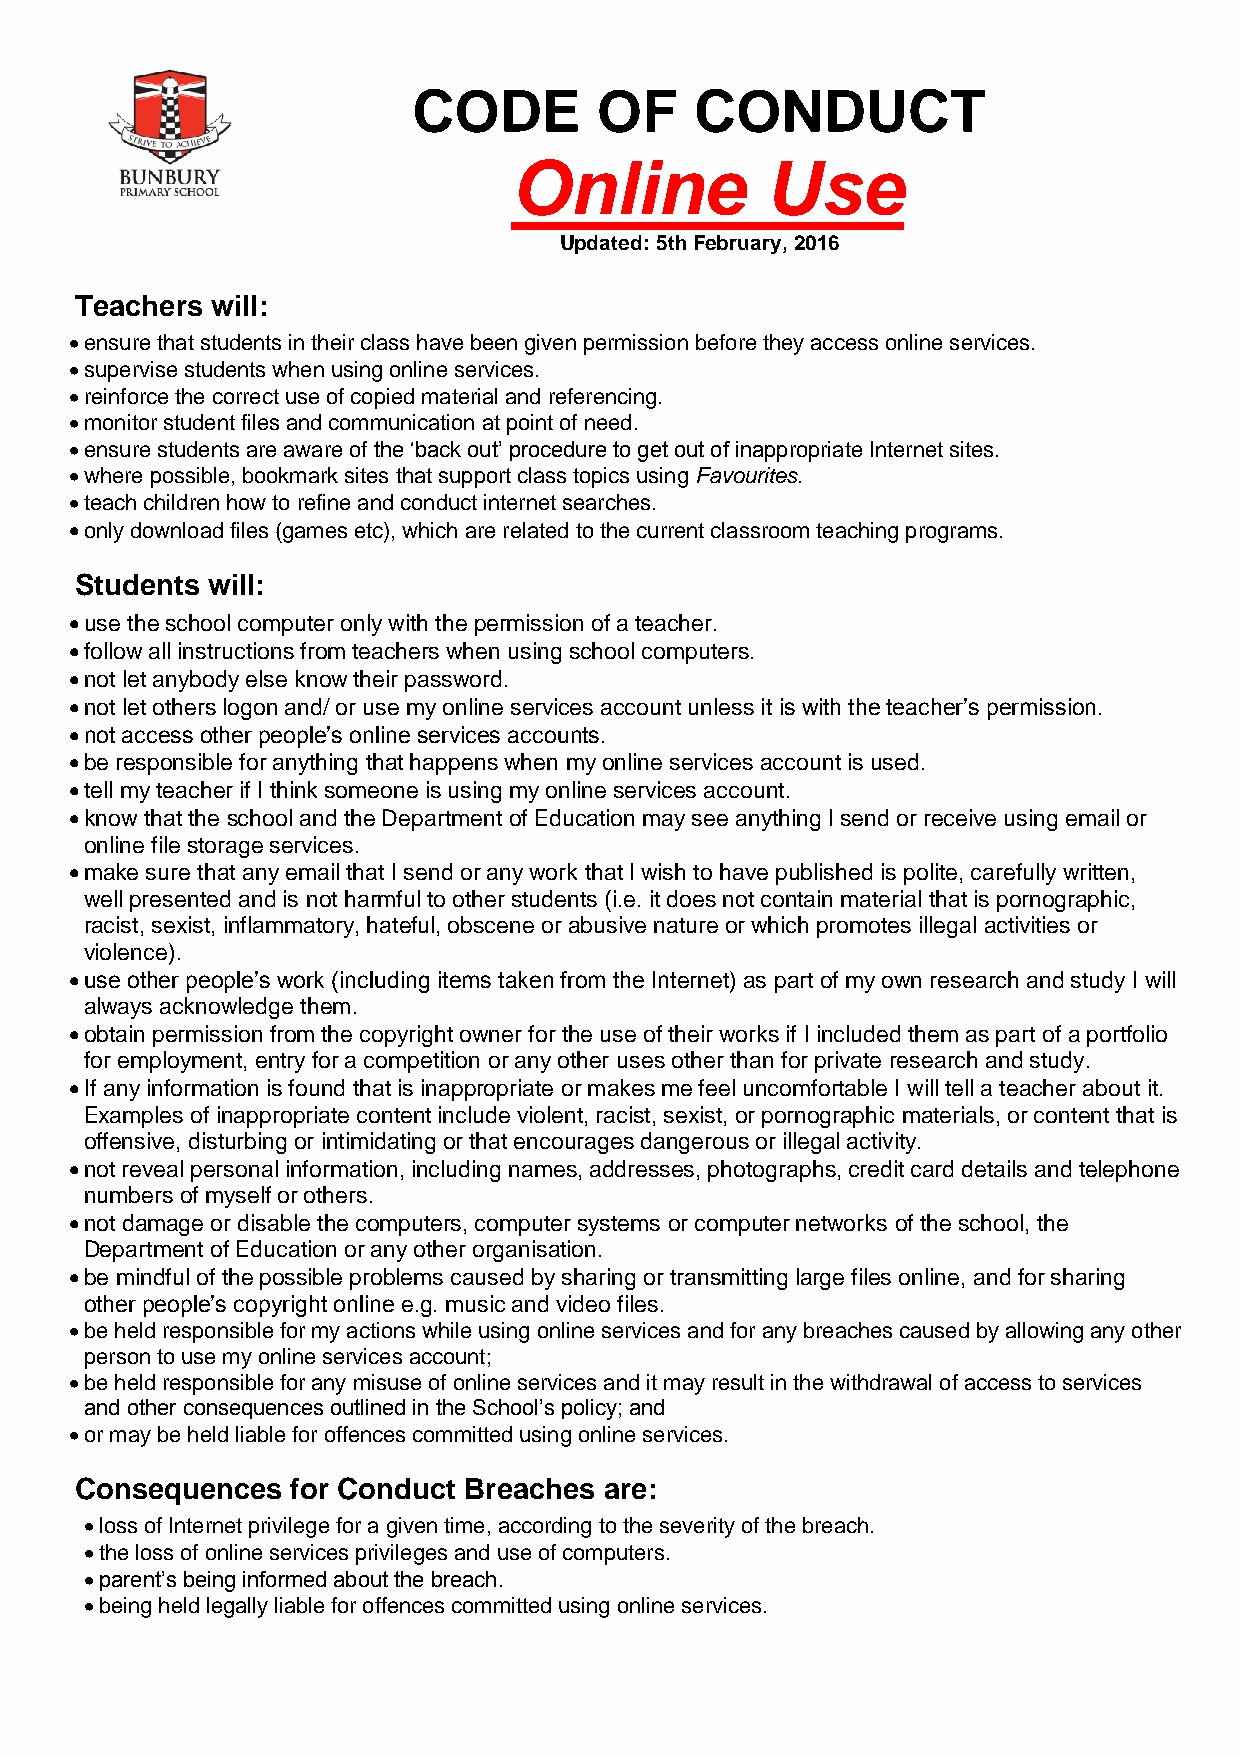
CODE        OF     CONDUCT
 Online           Use
 Updated: 5th February, 2016
 Teachers will:
  ensure that students in their class have been given permission before they access online services.
  supervise students when using online services.
  reinforce the correct use of copied material and referencing.
  monitor student files and communication at point of need.
  ensure students are aware of the ‘back out’ procedure to get out of inappropriate Internet sites.
  where possible, bookmark sites that support class topics using Favourites.
  teach children how to refine and conduct internet searches.
  only download files (games etc), which are related to the current classroom teaching programs.
 Students will:
  use the school computer only with the permission of a teacher.
  follow all instructions from teachers when using school computers.
  not let anybody else know their password.
  not let others logon and/ or use my online services account unless it is with the teacher’s permission.
  not access other people’s online services accounts.
  be responsible for anything that happens when my online services account is used.
  tell my teacher if I think someone is using my online services account.
  know that the school and the Department of Education may see anything I send or receive using email or
 online file storage services.
  make sure that any email that I send or any work that I wish to have published is polite, carefully written,
 well presented and is not harmful to other students (i.e. it does not contain material that is pornographic,
 racist, sexist, inflammatory, hateful, obscene or abusive nature or which promotes illegal activities or
 violence).
  use other people’s work (including items taken from the Internet) as part of my own research and study I will
 always acknowledge them.
  obtain permission from the copyright owner for the use of their works if I included them as part of a portfolio
 for employment, entry for a competition or any other uses other than for private research and study.
  If any information is found that is inappropriate or makes me feel uncomfortable I will tell a teacher about it.
 Examples of inappropriate content include violent, racist, sexist, or pornographic materials, or content that is
 offensive, disturbing or intimidating or that encourages dangerous or illegal activity.
  not reveal personal information, including names, addresses, photographs, credit card details and telephone
 numbers of myself or others.
  not damage or disable the computers, computer systems or computer networks of the school, the
 Department of Education or any other organisation.
  be mindful of the possible problems caused by sharing or transmitting large files online, and for sharing
 other people’s copyright online e.g. music and video files.
  be held responsible for my actions while using online services and for any breaches caused by allowing any other
 person to use my online services account;
  be held responsible for any misuse of online services and it may result in the withdrawal of access to services
 and other consequences outlined in the School’s policy; and
  or may be held liable for offences committed using online services.
 Consequences  for Conduct Breaches are:
  loss of Internet privilege for a given time, according to the severity of the breach.
  the loss of online services privileges and use of computers.
  parent’s being informed about the breach.
  being held legally liable for offences committed using online services.